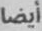
أيضا